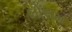
લોલમ